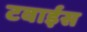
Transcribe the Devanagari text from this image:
टवाईस